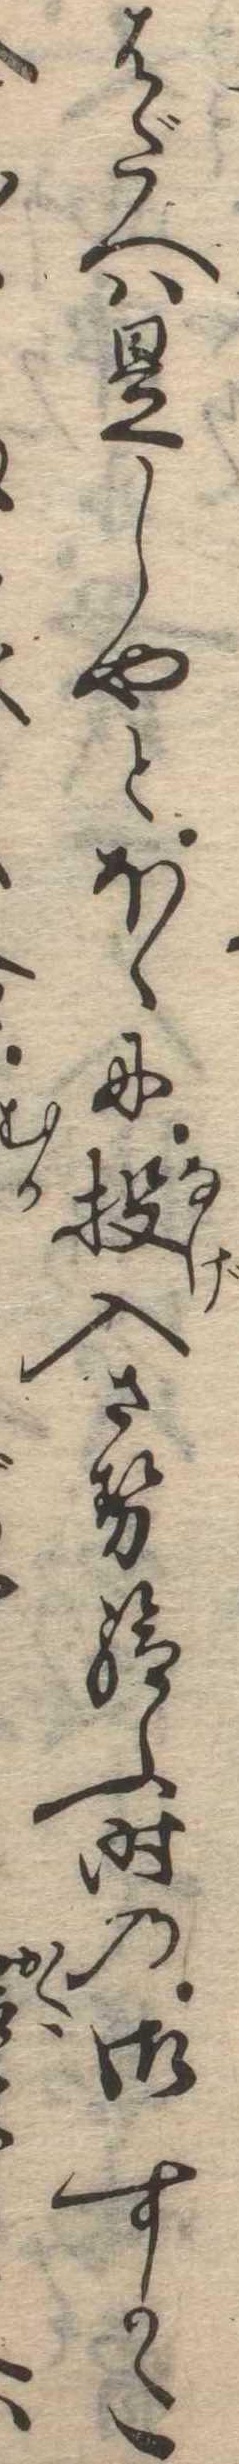
はだへは是しやとほゝに投入させ給ふ時の御すかた